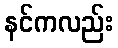
နင်ကလည်း